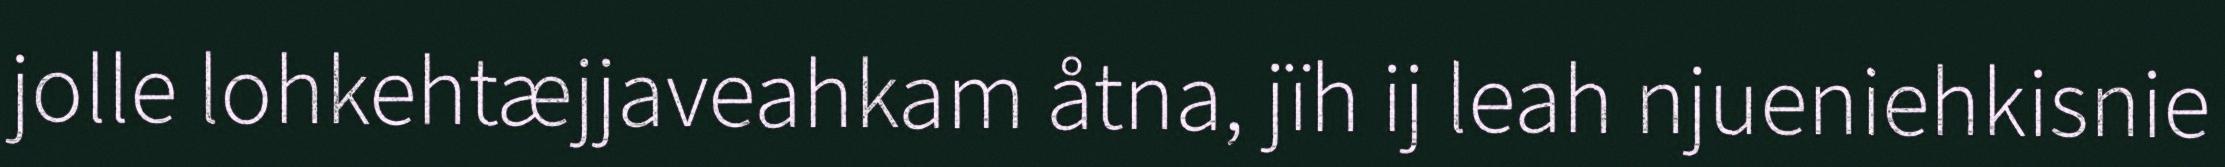
jolle lohkehtæjjaveahkam åtna, jïh ij leah njueniehkisnie